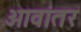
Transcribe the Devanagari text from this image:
आवांतर